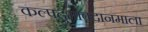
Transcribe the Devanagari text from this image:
कल्पद्रुमावदानमाला